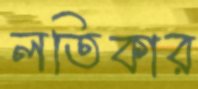
লতিকার